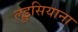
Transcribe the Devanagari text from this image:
लूइसियाना